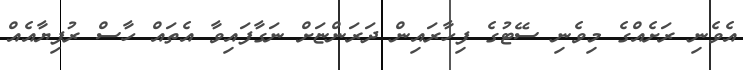
އެވެނި ރަށެއްގެ މިވެނި ސޭޓުގެ ފިހާރައިން ދަރަންޏަށް ނަގާފައިވާ އެތައް ހާސް ރުފިޔާއެއް